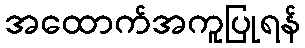
အထောက်အကူပြုရန်